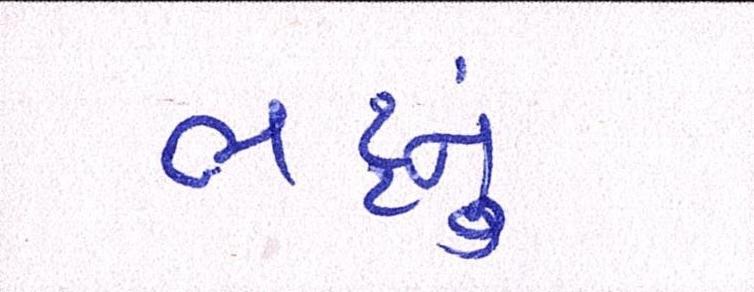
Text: ભટ્ટનું